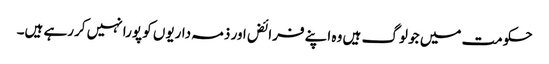
حکومت میں جو لوگ ہیں وہ اپنے فرائض اور ذمہ داریوں کو پورا نہیں کررہے ہیں۔